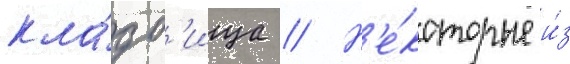
кла́дб'ища // Н'е́которые и́з